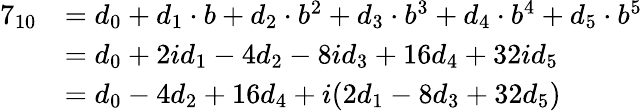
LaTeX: {\begin{array}{rl}{7_{10}}&{=d_{0}+d_{1}\cdot b+d_{2}\cdot b^{2}+d_{3}\cdot b^{3}+d_{4}\cdot b^{4}+d_{5}\cdot b^{5}}\\ &{=d_{0}+2id_{1}-4d_{2}-8id_{3}+16d_{4}+32id_{5}}\\ &{=d_{0}-4d_{2}+16d_{4}+i(2d_{1}-8d_{3}+32d_{5})}\end{array}}